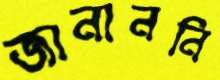
জানাননি